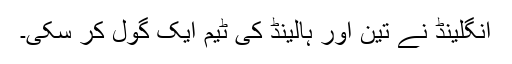
انگلینڈ نے تین اور ہالینڈ کی ٹیم ایک گول کر سکی۔